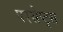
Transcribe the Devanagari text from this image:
परसेप्ट्स